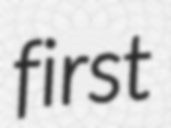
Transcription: first